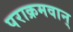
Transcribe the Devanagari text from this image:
पराक्रमवान्